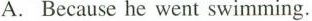
A. Because he went swimming.